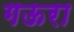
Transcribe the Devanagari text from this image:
गऊरा